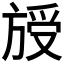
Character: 𣄁